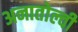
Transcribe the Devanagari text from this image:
अनातोल्वी